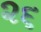
૨૬